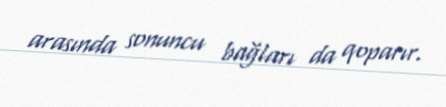
arasında sonuncu bağları da qoparır.